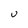
Character: U